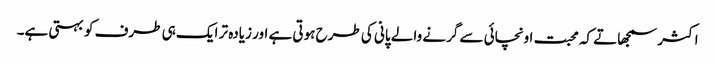
اکثر سمجھاتے کہ محبت اونچائی سے گرنے والے پانی کی طرح ہوتی ہے اور زیادہ تر ایک ہی طرف کو بہتی ہے۔